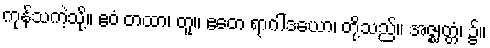
ကုန်သကဲ့သို့။ ဧဝံ တထာ၊ တူ။ ဧတေ ရာဂါဒယော၊ တို့သည်။ အဇ္ဈတ္တံ၊ ၌။